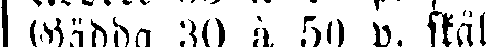
Gädda 30 à 50 p. skäl